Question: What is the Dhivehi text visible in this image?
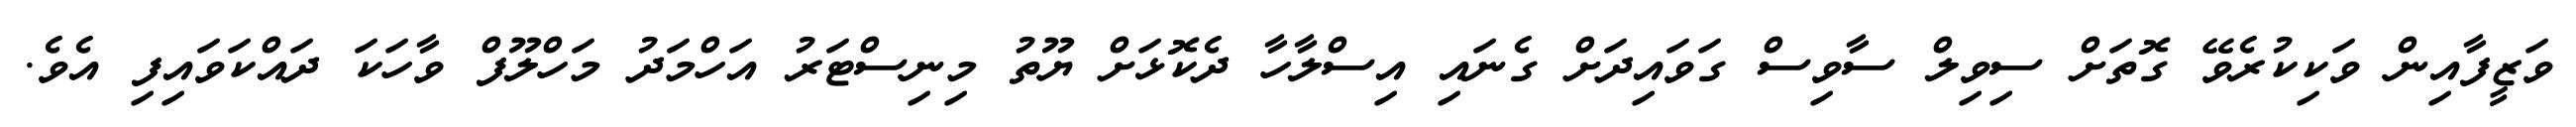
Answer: ވަޒީފާއިން ވަކިކުރެވޭ ގޮތަށް ސިވިލް ސާވިސް ގަވައިދަށް ގެނައި އިސްލާހާ ދެކޮޅަށް ޔޫތު މިނިސްޓަރު އަހްމަދު މަހްލޫފް ވާހަކަ ދައްކަވައިފި އެވެ.